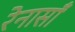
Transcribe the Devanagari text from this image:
रेनासाँ